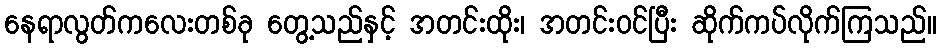
နေရာလွတ်ကလေးတစ်ခု တွေ့သည်နှင့် အတင်းထိုး၊ အတင်းဝင်ပြီး ဆိုက်ကပ်လိုက်ကြသည်။